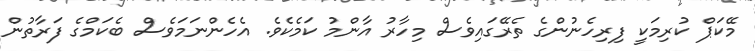
މޭކަޕް ކުރިމަކީ ފިރިހެނުންގެ ތެރޭގައިވެސް މިހާރު އާންމު ކަމެކެވެ. އެހެންނަމަވެސް ބެކަމްގެ ފަރާތުން